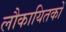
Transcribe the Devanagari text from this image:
लौकायितकों